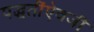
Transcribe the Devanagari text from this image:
पद्धतींऐवजी